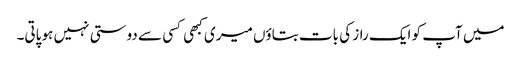
میں آپ کو ایک راز کی بات بتاؤں میری کبھی کسی سے دوستی نہیں ہو پاتی۔